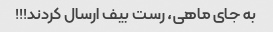
به جای ماهی، رست بیف ارسال کردند!!!